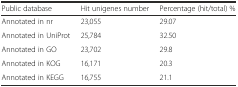
<table><thead><tr><td><b>Public database</b></td><td><b>Hit unigenes number</b></td><td><b>Percentage (hit/total) %</b></td></tr></thead><tbody><tr><td>Annotated in nr</td><td>23,055</td><td>29.07</td></tr><tr><td>Annotated in UniProt</td><td>25,784</td><td>32.50</td></tr><tr><td>Annotated in GO</td><td>23,702</td><td>29.8</td></tr><tr><td>Annotated in KOG</td><td>16,171</td><td>20.3</td></tr><tr><td>Annotated in KEGG</td><td>16,755</td><td>21.1</td></tr></tbody></table>